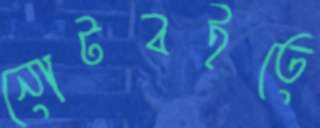
নোটবইতে